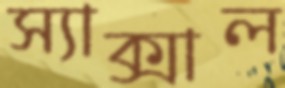
স্যাক্সাল